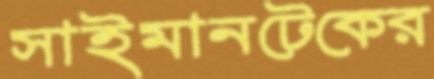
সাইমানটেকের